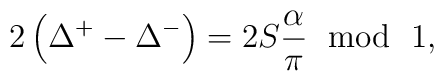
2\left( \Delta ^{+}-\Delta ^{-}\right) =2S\frac{\alpha }{\pi }\, \, \bmod \, \, 1,